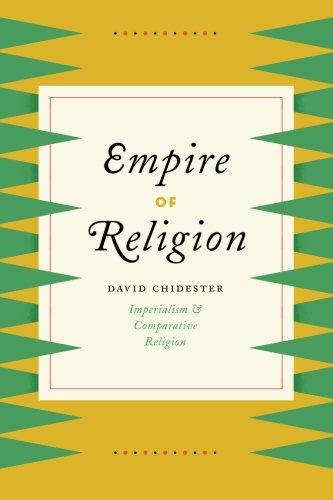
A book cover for Empire of Religion: Imperialism and Comparative Religion; David Chidester; History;